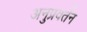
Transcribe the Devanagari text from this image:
अनुप्रवर्तन